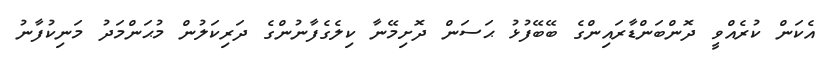
އެކަން ކުރެއްވީ ދޮންބަންޑާރައިންގެ ބޭބޭފުޅު ޙަސަން ދޮށިމޭނާ ކިލެގެފާނުންގެ ދަރިކަލުން މުޙަންމަދު މަނިކުފާނު